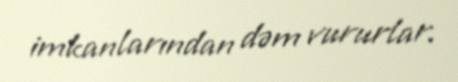
imkanlarından dəm vururlar.